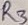
Text: R3